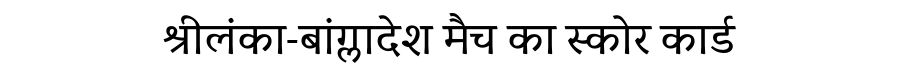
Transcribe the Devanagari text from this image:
श्रीलंका-बांग्लादेश मैच का स्कोर कार्ड